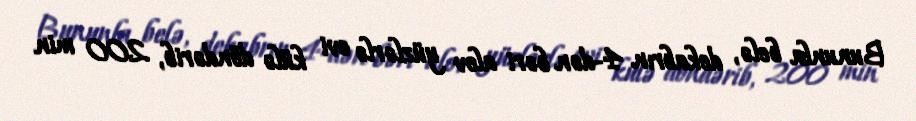
Bununla belə, dekabrın 4-dən bəri alov yüzlərlə evi külə döndərib, 200 min